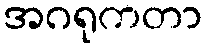
အဂရုကတာ